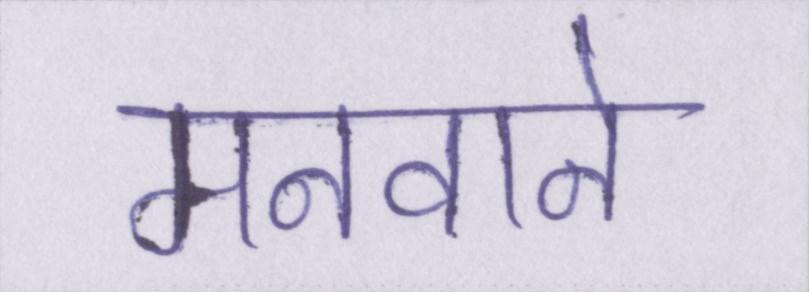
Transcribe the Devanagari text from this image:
मनवाने